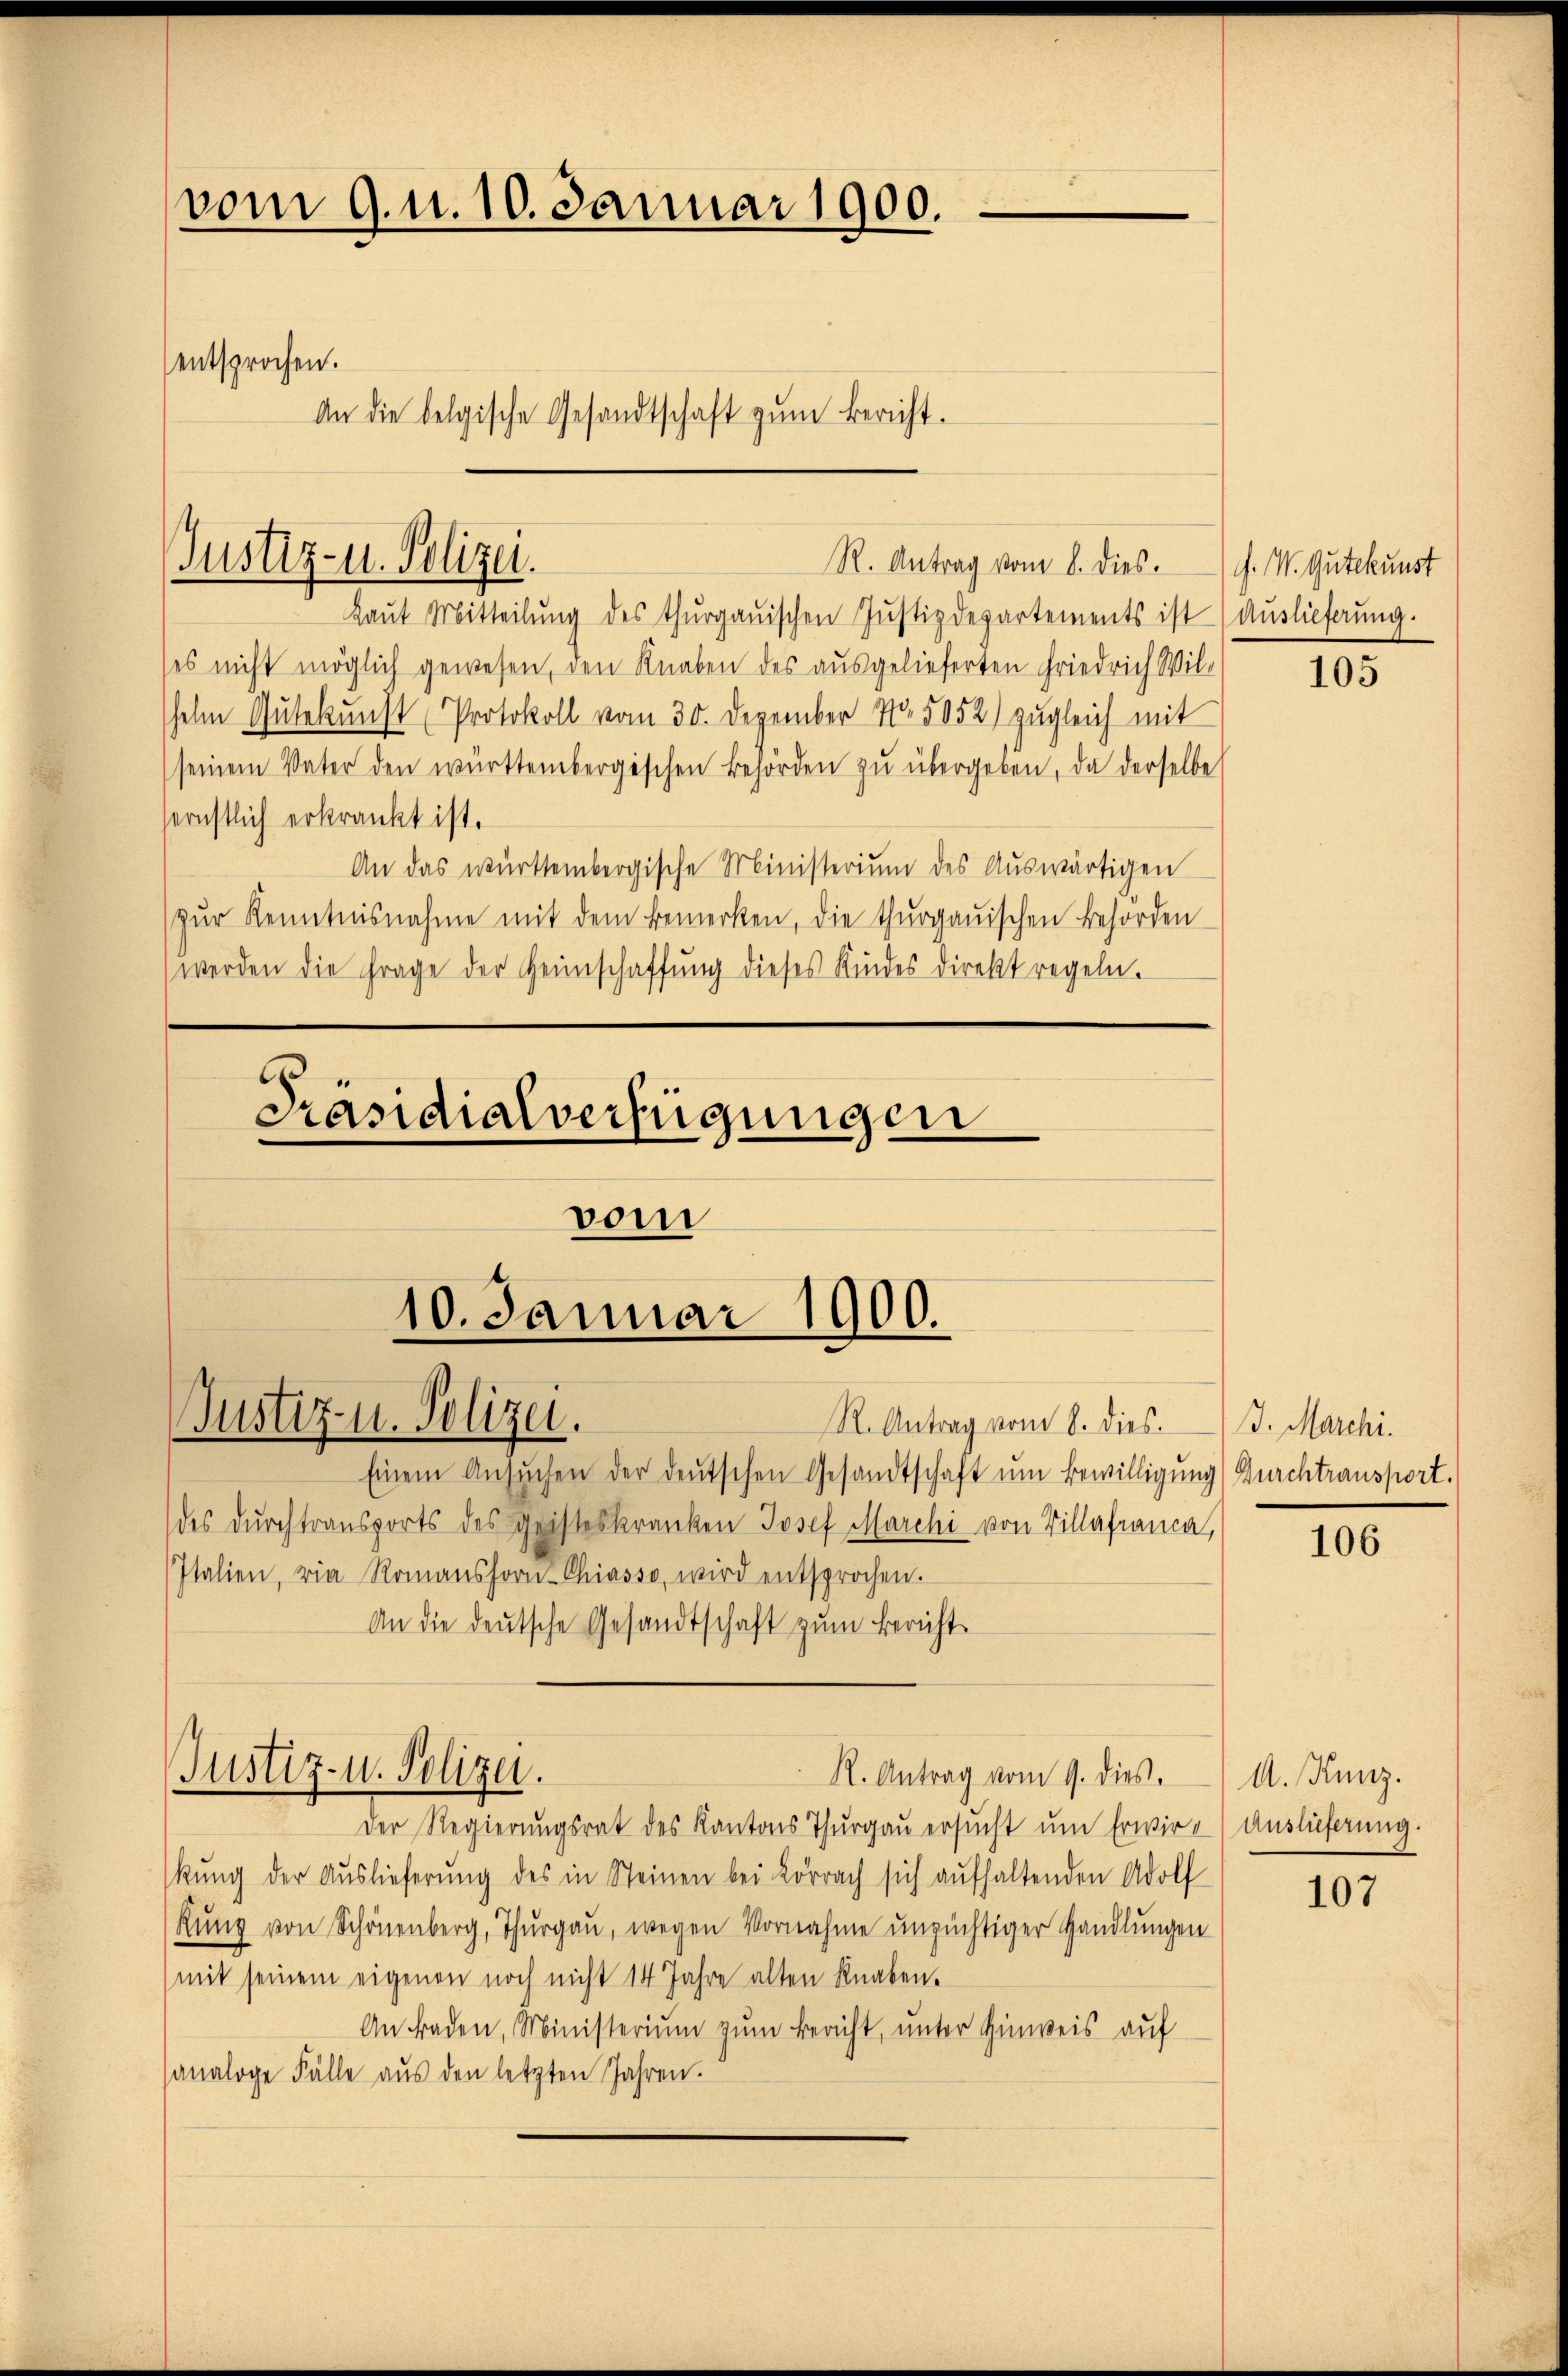
vom 9. u. 10. Januar 1900.

entsprochen.

An die belgische Gesandtschaft zum Bericht.

R. Antrag vom 8. dies. d. M. Gutekunst
Laŭt Mitteilŭng des thurgauischen Jŭstizdepartements ist ( Aŭslieferŭng.
ses nicht möglich gewesen, den Knaben des ausgelieferten Friedrich Wil-
helm Gutekunst (Protokoll vom 30. Dezember 770. 5052) zugleich mit
seinem Vater den württembergischen Behörden zŭ übergeben, da derselbe
fernstlich erkränkt ist.
An das württembergische Ministerium des Auswärtigen
zŭr Kenntnisnahme mit dem bemerken, die thurgauischen Behörden
werden die Frage der Heimschaffŭng dieses Kindes direkt regeln.

Justiz- u. Polizei.

Präsidialverfügungen

Justiz- u. Polizei.

vom
10. Januar 1900.

Justiz- u. Polizei.

R. Antrag vom 8. dies

Einem Ansŭchen der deutschen Gesandtschaft ŭm Bewilligung) Durchtransport.
des durchtransports des geisteskranken Josef Marchi von Villafranca,
Italien, wie Romanshorn-Chiasso, wird entsprochen.
An die deutsche Gesandtschaft zum Bericht
R. Antrag vom 9. dies.
Der Regierungsrat des Kantons Thurgau ersucht um Erwirkŭng der Auslieferŭng des in Steinen bei Lörrach sich aufhaltenden Adolf
Rung von Schönenberg, Thurgau, wegen Vornahme unzüchtiger Handlungen
(mit seinem eigenen noch nicht 14 Jahre alten Knaben.
An Fraden, Ministerium zum Bericht, unter Hinweis auf
sanaloge Fälle aŭs den letzten Jahren.

105

B. Marchi.

106

A. Kunz.
Auslieferung.

107